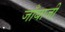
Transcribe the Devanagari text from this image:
जाँबाजी